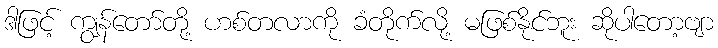
ဒါဖြင့် ကျွန်တော်တို့ ဟစ်တလာကို ခံတိုက်လို့ မဖြစ်နိုင်ဘူး ဆိုပါတော့ဗျာ